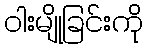
ဝါးမျိုခြင်းကို